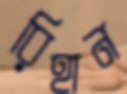
রিহান